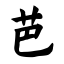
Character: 芭